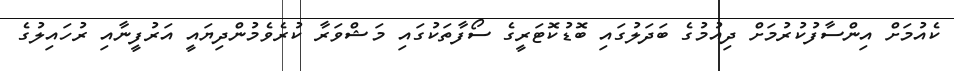
ކެއުމަށް އިންސާފުކުރުމަށް ދިއުމުގެ ބަދަލުގައި ބޮޑުކޮޓަރީގެ ސޯފާތަކުގައި މަޝްވަރާ ކުރެވެމުންދިޔައީ އަރުފީނާއި ރުހައިލުގެ